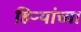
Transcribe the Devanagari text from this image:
हिऱ्यांच्या